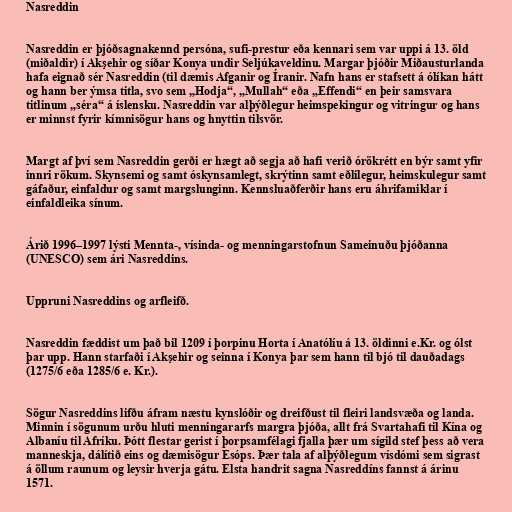
Nasreddin

Nasreddin er þjóðsagnakennd persóna, sufi-prestur eða kennari sem var uppi á 13. öld
(miðaldir) í Akşehir og síðar Konya undir Seljúkaveldinu. Margar þjóðir Miðausturlanda
hafa eignað sér Nasreddin (til dæmis Afganir og Íranir. Nafn hans er stafsett á ólíkan hátt
og hann ber ýmsa titla, svo sem „Hodja“, „Mullah“ eða „Effendi“ en þeir samsvara
titlinum „séra“ á íslensku. Nasreddin var alþýðlegur heimspekingur og vitringur og hans
er minnst fyrir kímnisögur hans og hnyttin tilsvör.

Margt af því sem Nasreddin gerði er hægt að segja að hafi verið órökrétt en býr samt yfir
innri rökum. Skynsemi og samt óskynsamlegt, skrýtinn samt eðlilegur, heimskulegur samt
gáfaður, einfaldur og samt margslunginn. Kennsluaðferðir hans eru áhrifamiklar í
einfaldleika sínum.

Árið 1996–1997 lýsti Mennta-, vísinda- og menningarstofnun Sameinuðu þjóðanna
(UNESCO) sem ári Nasreddins.

Uppruni Nasreddins og arfleifð.

Nasreddin fæddist um það bil 1209 í þorpinu Horta í Anatólíu á 13. öldinni e.Kr. og ólst
þar upp. Hann starfaði í Akşehir og seinna í Konya þar sem hann til bjó til dauðadags
(1275/6 eða 1285/6 e. Kr.).

Sögur Nasreddins lifðu áfram næstu kynslóðir og dreifðust til fleiri landsvæða og landa.
Minnin í sögunum urðu hluti menningararfs margra þjóða, allt frá Svartahafi til Kína og
Albaníu til Afríku. Þótt flestar gerist í þorpsamfélagi fjalla þær um sígild stef þess að vera
manneskja, dálítið eins og dæmisögur Esóps. Þær tala af alþýðlegum vísdómi sem sigrast
á öllum raunum og leysir hverja gátu. Elsta handrit sagna Nasreddíns fannst á árinu
1571.